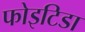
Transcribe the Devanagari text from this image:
फोइटिडा